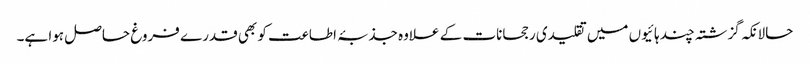
حالانکہ گزشتہ چند ہائیوں میں تقلیدی رجحانات کے علاوہ جذبۂ اطاعت کو بھی قدرے فروغ حاصل ہوا ہے۔